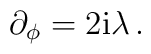
\partial_\phi=2{\rm i}\lambda\,.